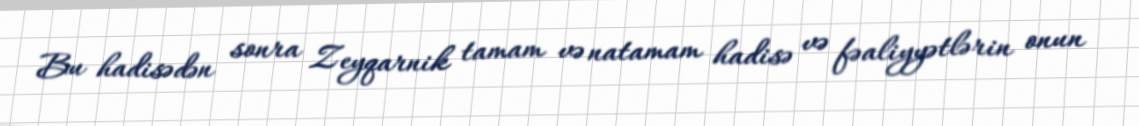
Bu hadisədən sonra Zeyqarnik tamam və natamam hadisə və fəaliyyətlərin onun